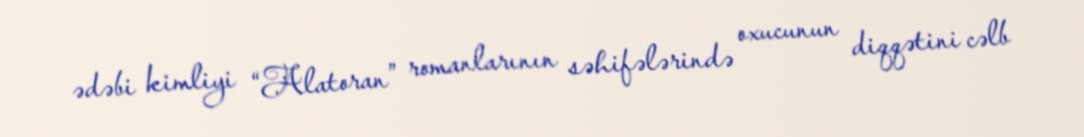
ədəbi kimliyi “Alatoran” romanlarının səhifələrində oxucunun diqqətini cəlb